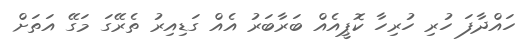
ހައްދާފަ ހުރި ހުރިހާ ކޮޕީއެއް ބަރާބަރު އެއް ގަޑިއިރު ތެރޭގަ މަގޭ އަތަށް